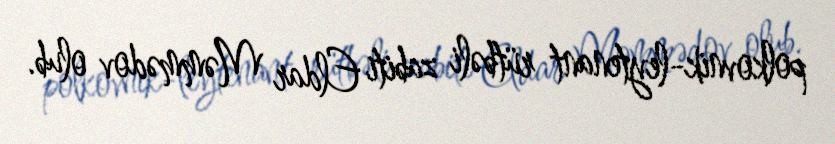
polkovnik-leytenant rütbəli zabiti Eldar Məmmədov olub.